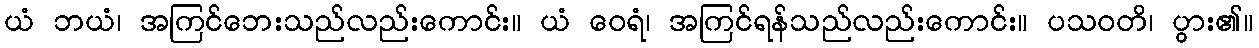
ယံ ဘယံ၊ အကြင်ဘေးသည်လည်းကောင်း။ ယံ ဝေရံ၊ အကြင်ရန်သည်လည်းကောင်း။ ပသဝတိ၊ ပွား၏။